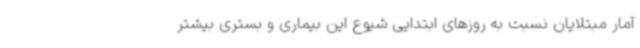
آمار مبتلایان نسبت به روزهای ابتدایی شیوع این بیماری و بستری بیشتر